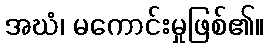
အဃံ၊ မကောင်းမှုဖြစ်၏။